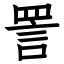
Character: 詈